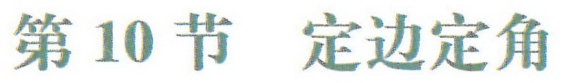
第 10 节 定边定角